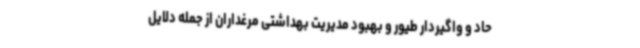
حاد و واگیردار طیور و بهبود مدیریت بهداشتی مرغداران از جمله دلایل